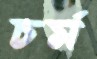
চর্ম